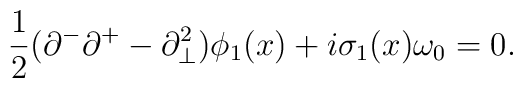
{1\over2}(\partial^-\partial^+-\partial^2_\bot)\phi_1(x)+i\sigma_1(x)\omega_0=0.